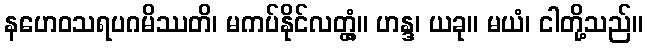
နဟေဝသရပဂမိဿတိ၊ မကပ်နိုင်လတ္တံ့။ ဟန္ဒ၊ ယခု။ မယံ၊ ငါတို့သည်။